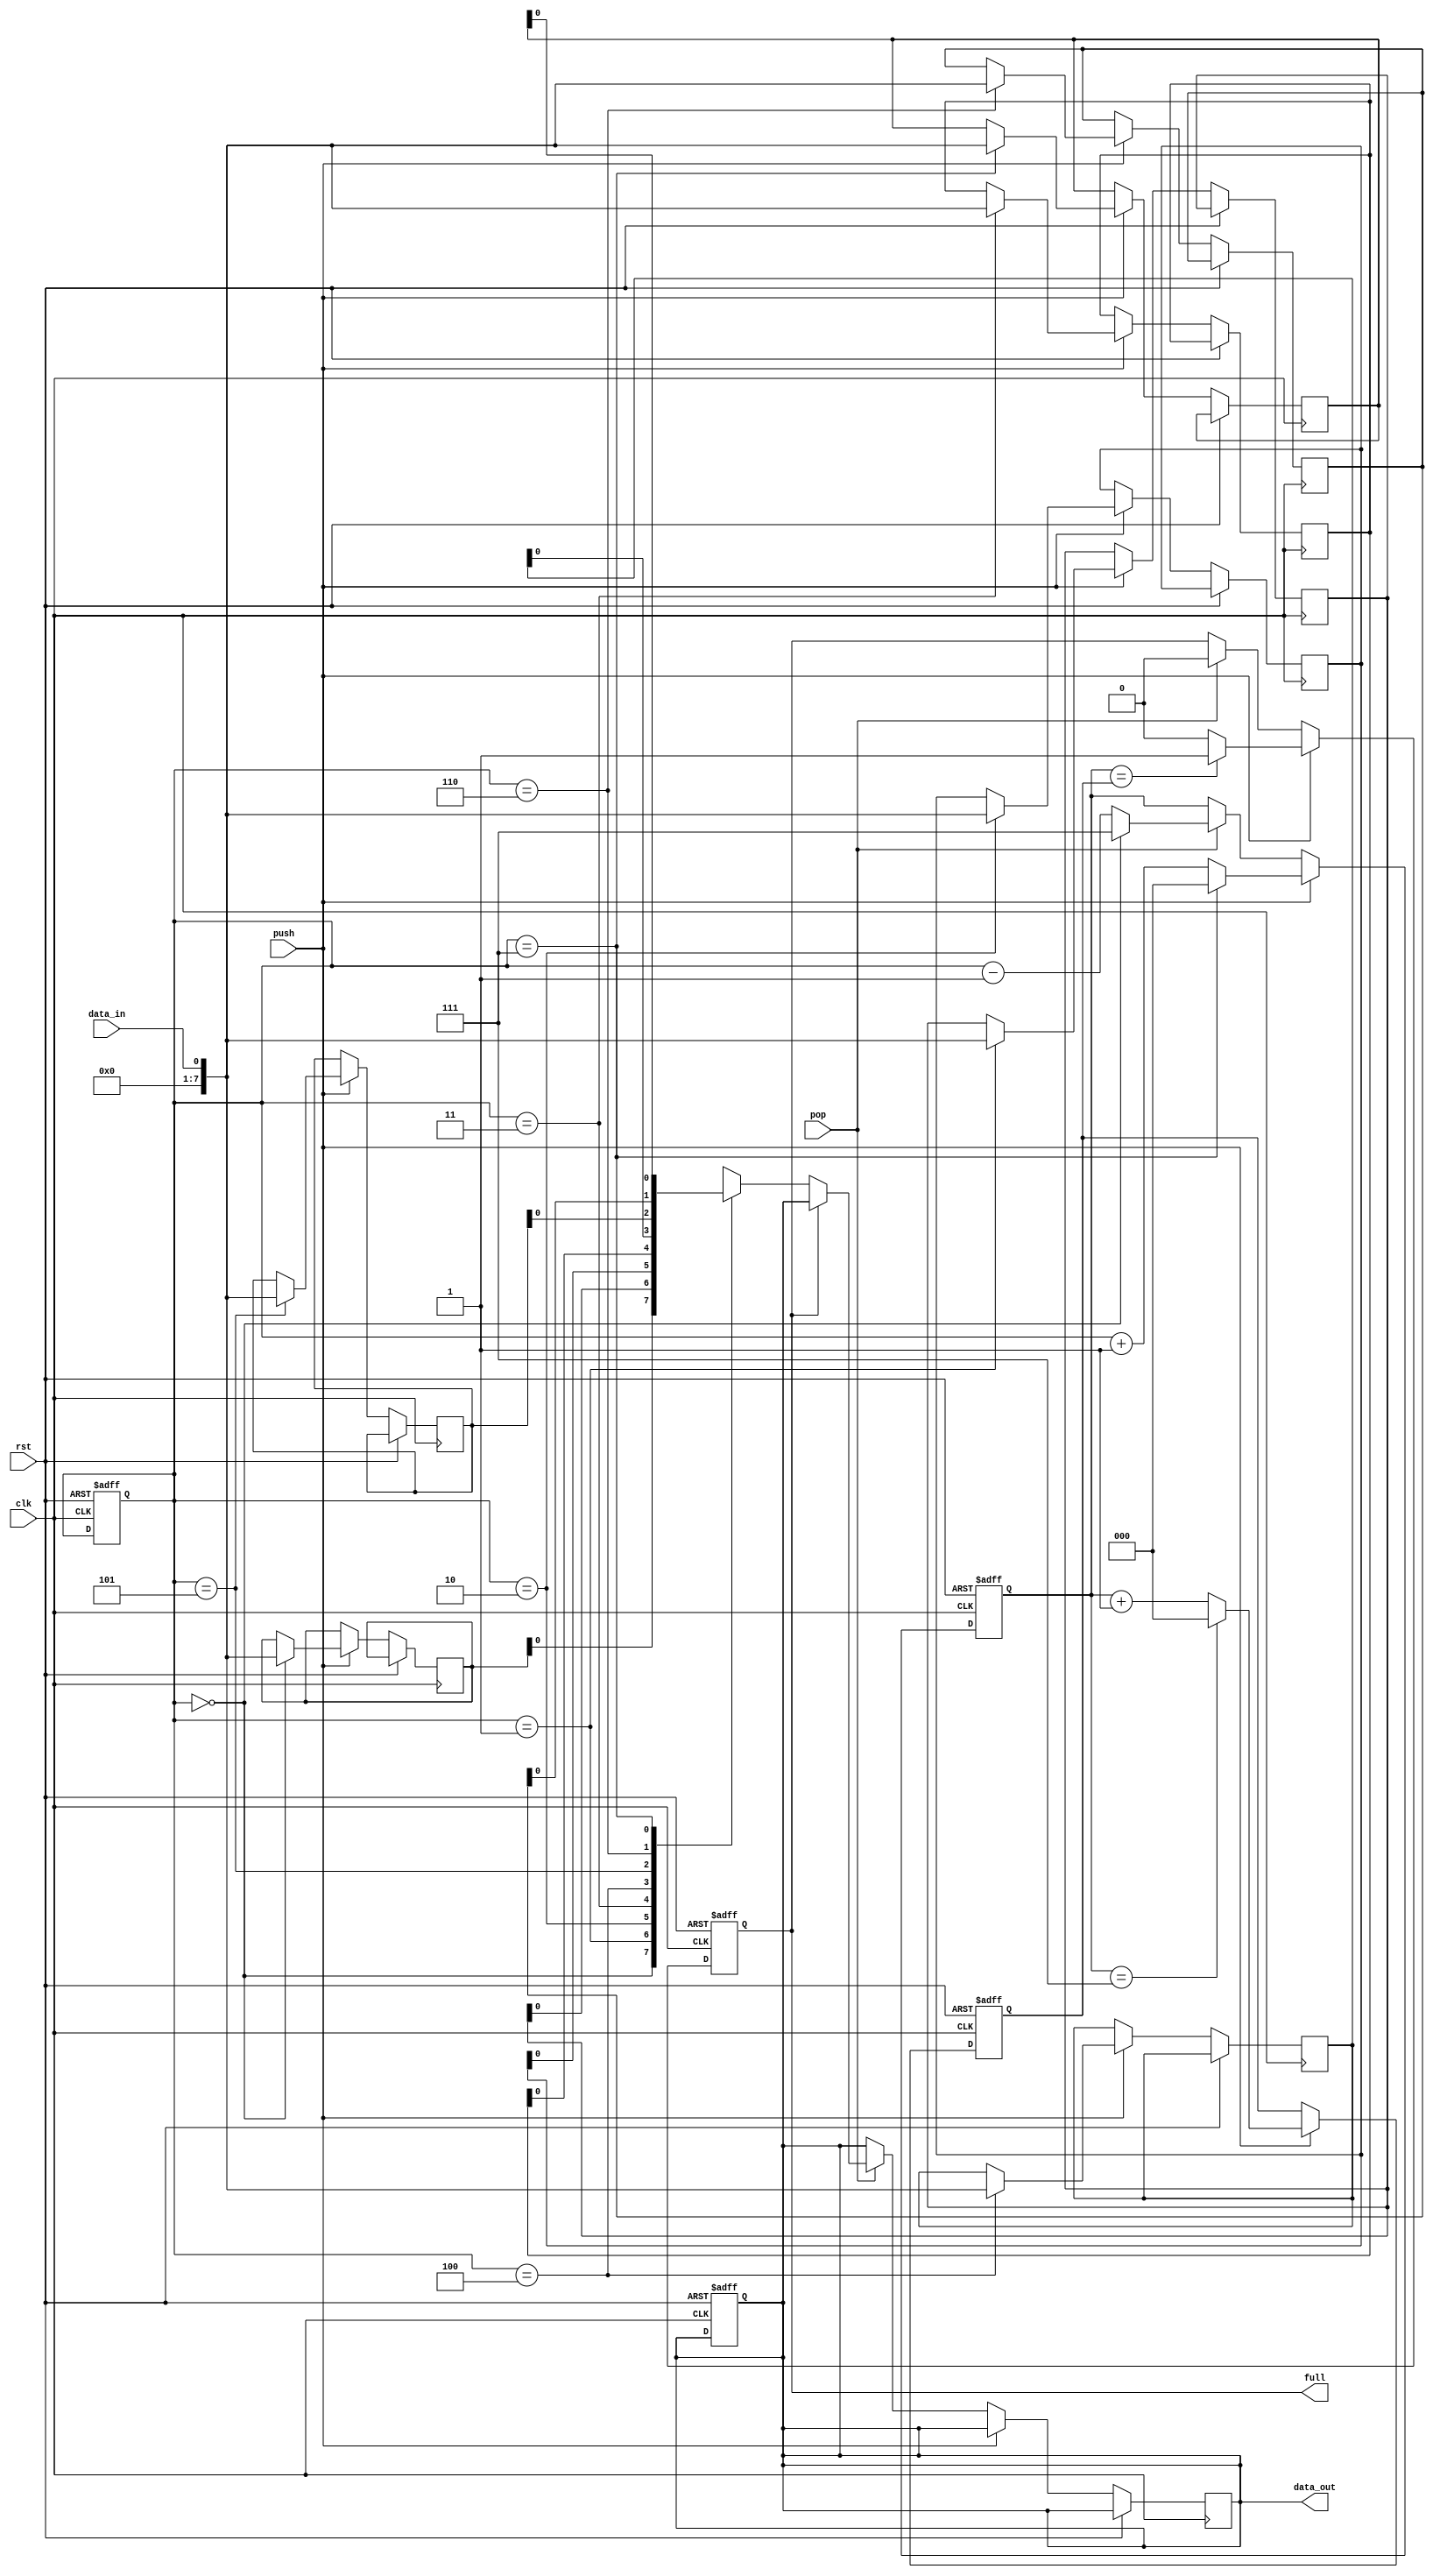
module lifo (
    input wire clk,
    input wire rst,
    input wire data_in,
    input wire push,
    input wire pop,
    output reg data_out,
    output reg full
);

reg [7:0] stack [0:7]; // 8-stack depth, 8-bit data

reg [2:0] top;
reg [2:0] next_top;
reg [2:0] next_next_top;

always @(posedge clk or posedge rst) begin
    if (rst) begin
        top <= 3'b000;
        next_top <= 3'b000;
        next_next_top <= 3'b000;
        full <= 0;
    end else begin
        if (push) begin
            stack[top] <= data_in;
            next_top <= (top == 3'b111) ? 3'b000 : top + 1;
            next_next_top <= (next_top == 3'b111) ? 3'b000 : next_top + 1;
            full <= (next_top == next_next_top) ? 1 : 0;
        end else if (pop) begin
            if (!full)
                data_out <= stack[top];
            next_top <= (top == 3'b000) ? 3'b111 : top - 1;
            full <= 0;
        end
    end
end

always @(posedge clk or posedge rst) begin
    if (rst) begin
        data_out <= 8'b0;
    end
end

endmodule